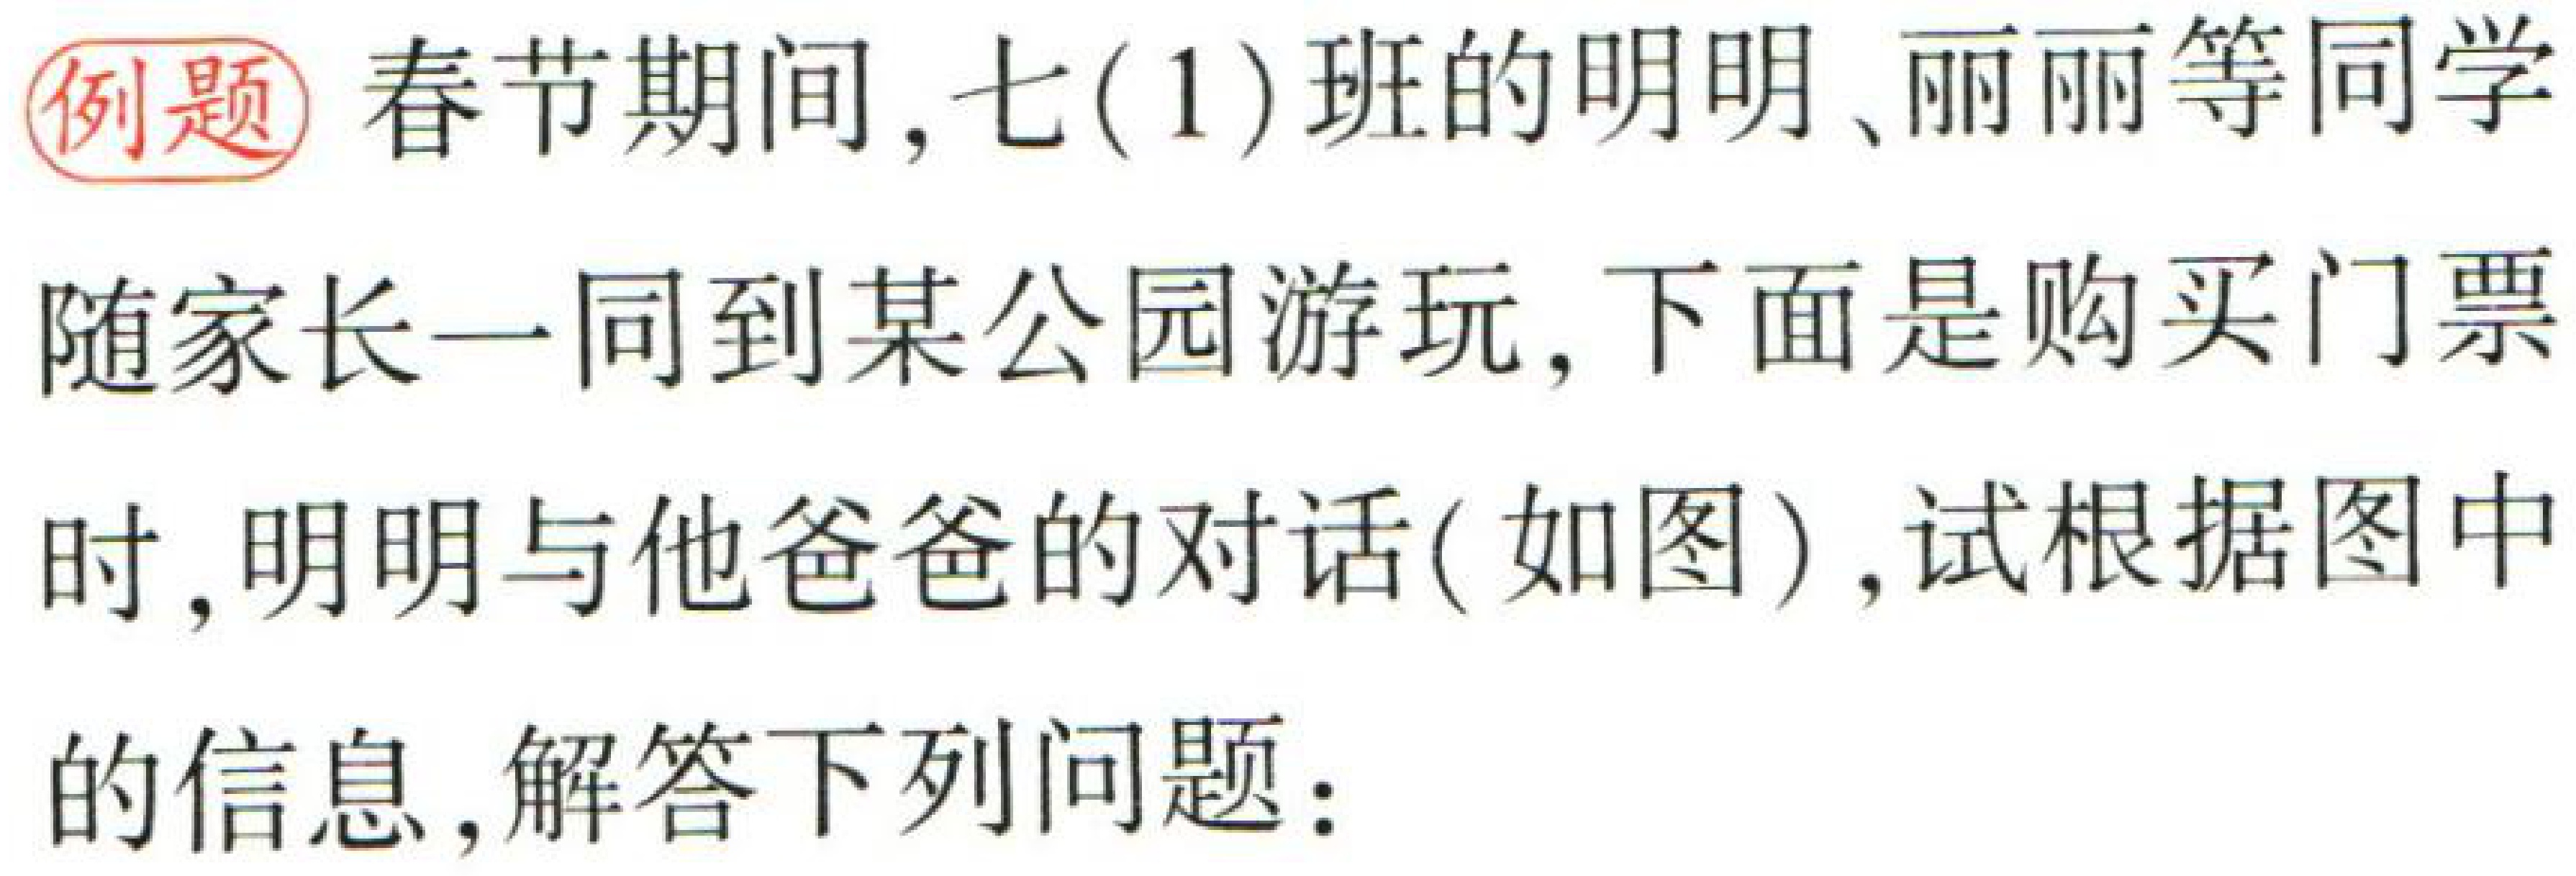
例题 春节期间，七(1)班的明明、丽丽等同学随家长一同到某公园游玩，下面是购买门票时，明明与他爸爸的对话(如图)，试根据图中的信息，解答下列问题：